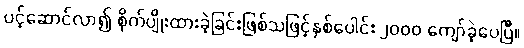
ပင့်ဆောင်လာ၍ စိုက်ပျိုးထားခဲ့ခြင်းဖြစ်သဖြင့်နှစ်ပေါင်း ၂ဝဝဝ ကျော်ခဲ့ပေပြီ။